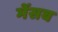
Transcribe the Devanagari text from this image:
मेंसब